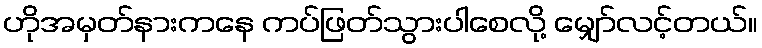
ဟိုအမှတ်နားကနေ ကပ်ဖြတ်သွားပါစေလို့ မျှော်လင့်တယ်။